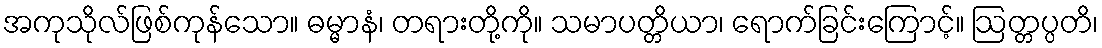
အကုသိုလ်ဖြစ်ကုန်သော။ ဓမ္မာနံ၊ တရားတို့ကို။ သမာပတ္တိယာ၊ ရောက်ခြင်းကြောင့်။ ဩတ္တပ္ပတိ၊